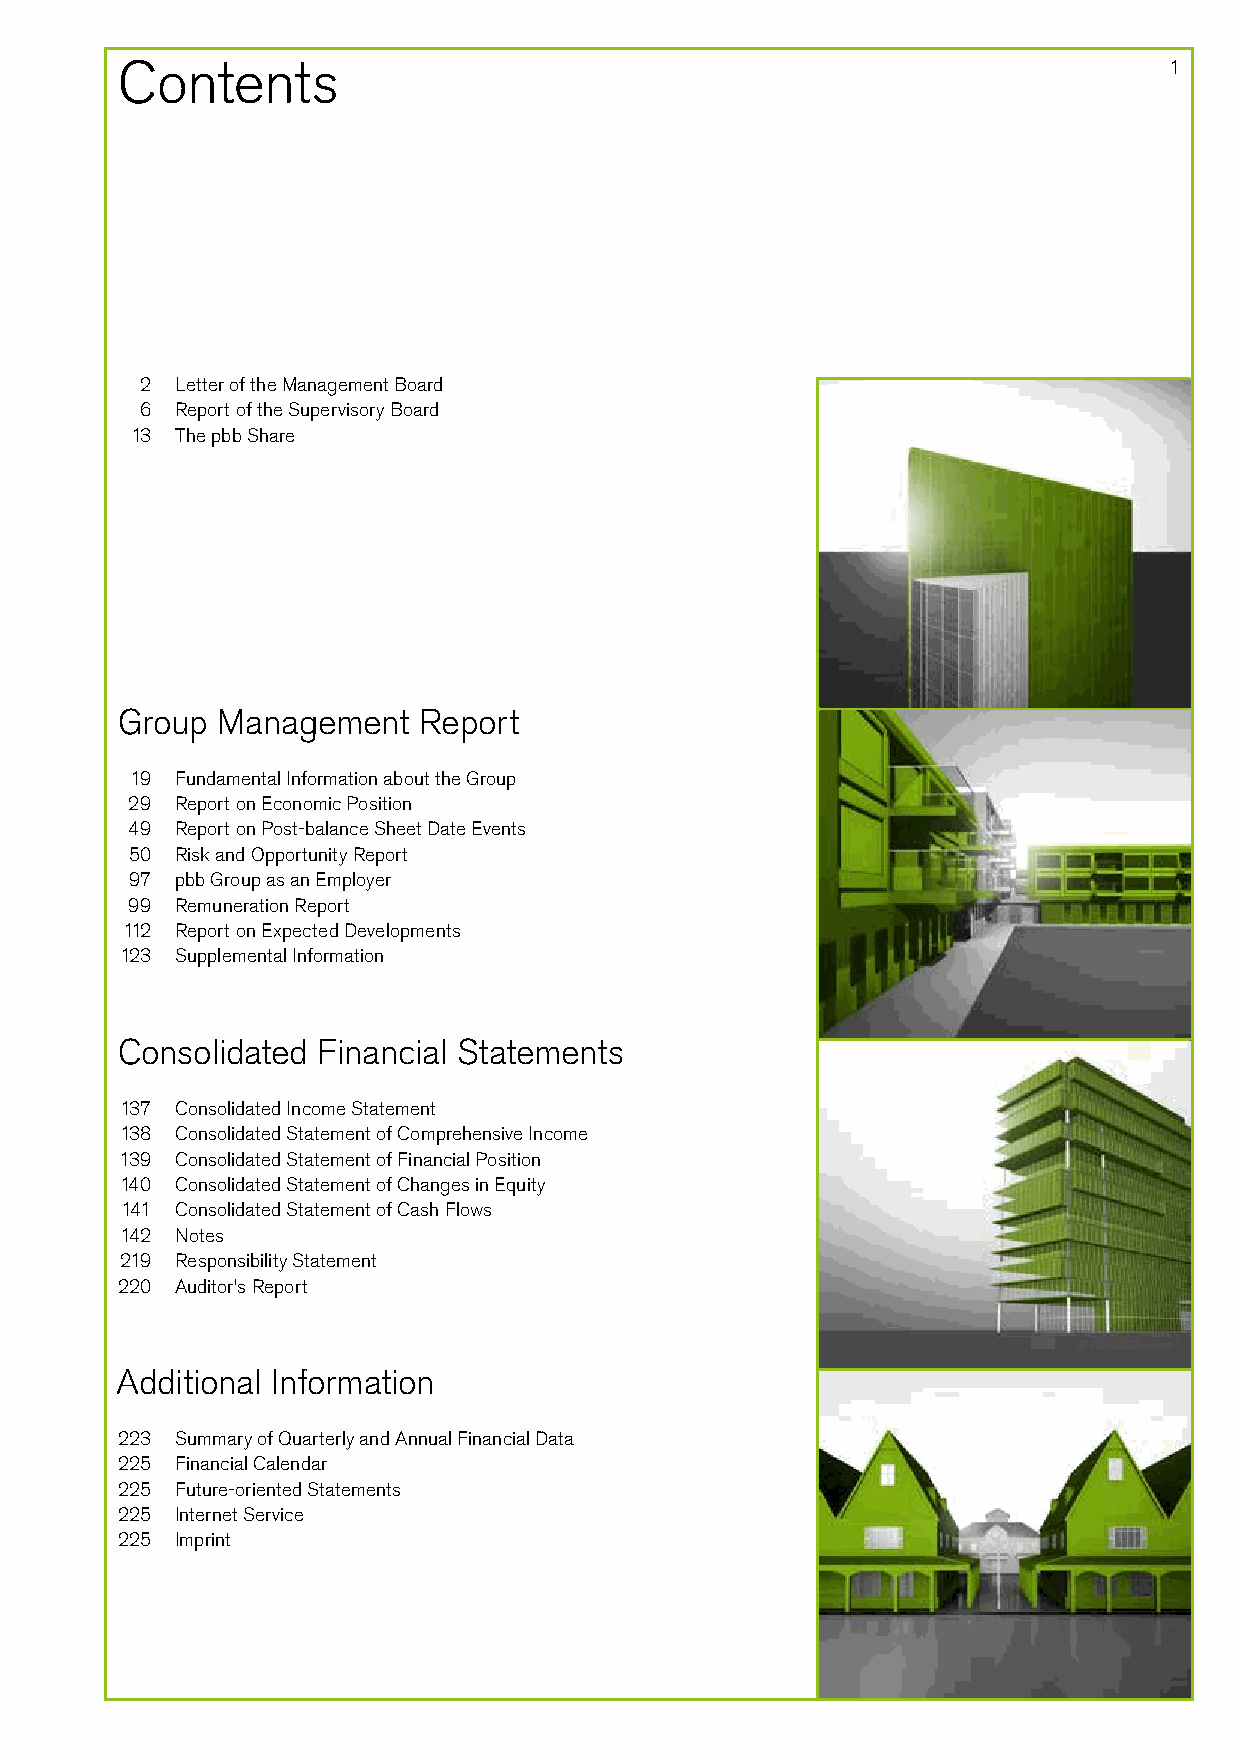
Contents                                                             1
 2  Letter of the Management Board
 6  Report of the Supervisory Board
 13 The pbb Share
 Group Management    Report
 19 Fundamental Information about the Group
 29  Report on Economic Position
 49  Report on Post-balance Sheet Date Events
 50 Risk and Opportunity Report
 97 pbb Group as an Employer
 99  Remuneration Report
 112 Report on Expected Developments
 1 23 Supplemental Information
 Consolidated Financial Statements
 137 Consolidated Income Statement
 138 Consolidated Statement of Comprehensive Income
 139 Consolidated Statement of Financial Position
 140 Consolidated Statement of Changes in Equity
 141 Consolidated Statement of Cash Flows
 142 Notes
 219 Responsibility Statement
 2 20 Auditor’s Report
 Additional Information
 223 Summary of Quarterly and Annual Financial Data
 2 25 Financial Calendar
 2 25 Future-oriented Statements
 225 Internet Service
 2 25 Imprint